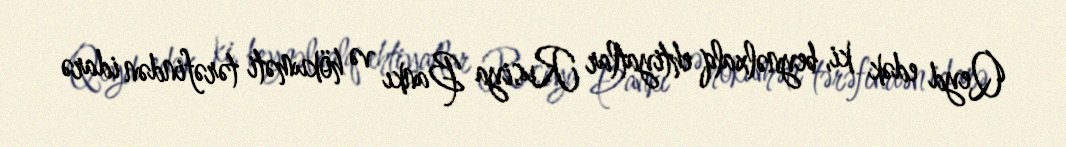
Qeyd edək ki, beynəlxalq ehtiyatlar Rusiya Bankı və hökuməti tərəfindən idarə